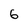
Character: 6